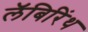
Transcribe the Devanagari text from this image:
लॅबिरिंथ